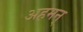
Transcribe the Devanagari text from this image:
अहमन्